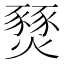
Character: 燹